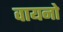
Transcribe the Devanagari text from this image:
वायनो